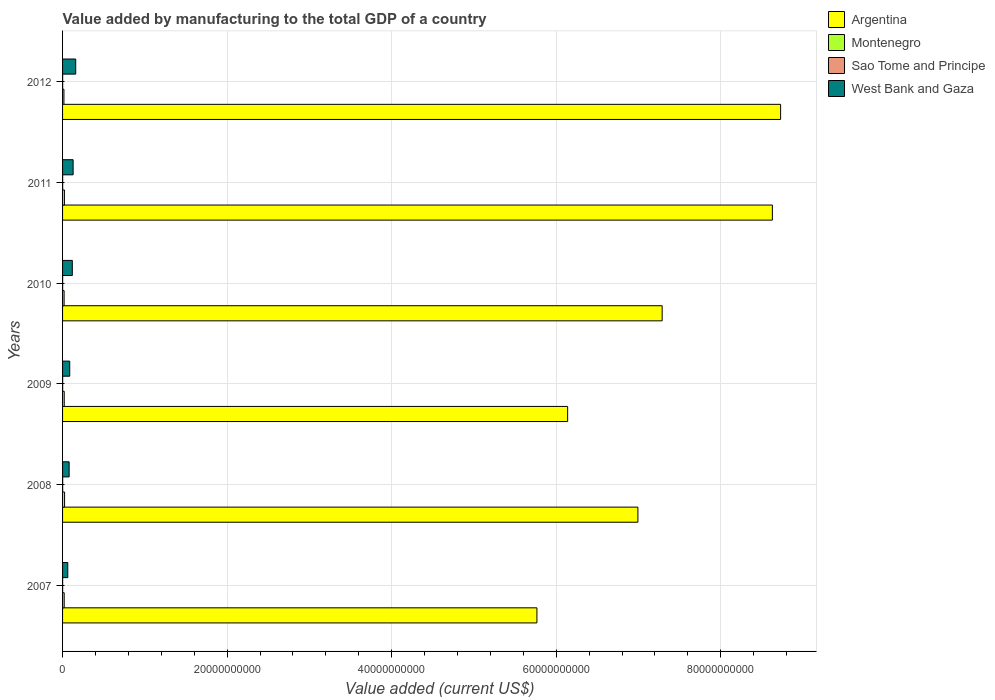
| Years | Argentina | Montenegro | Sao Tome and Principe | West Bank and Gaza |
 | --- | --- | --- | --- | --- |
 | 2007 | 5.77e+10 | 1.98e+08 | 7.11e+06 | 6.35e+08 |
 | 2008 | 6.99e+10 | 2.44e+08 | 1.15e+07 | 7.98e+08 |
 | 2009 | 6.14e+10 | 2.03e+08 | 1.13e+07 | 8.71e+08 |
 | 2010 | 7.29e+10 | 1.88e+08 | 9.89e+06 | 1.18e+09 |
 | 2011 | 8.63e+10 | 2.26e+08 | 1.14e+07 | 1.28e+09 |
 | 2012 | 8.73e+10 | 1.67e+08 | 1.17e+07 | 1.6e+09 |